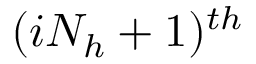
( i N _ { h } + 1 ) ^ { t h }